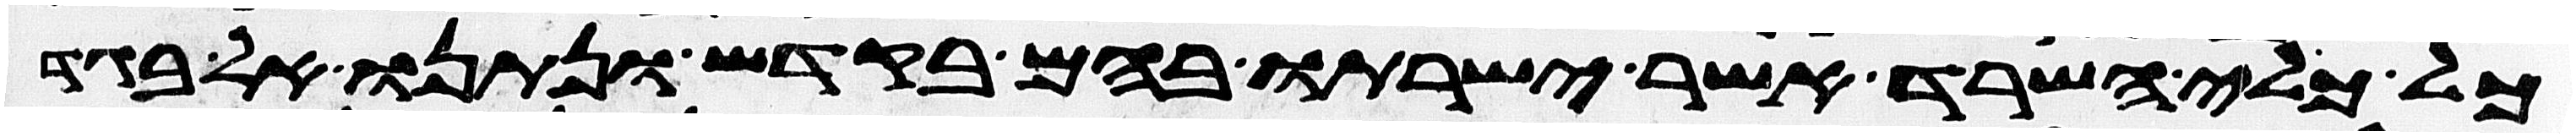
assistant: כל כלי השרת אשר ישרתו בהם בקדש ונתנו אל בגד